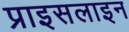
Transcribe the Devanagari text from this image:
प्राइसलाइन